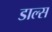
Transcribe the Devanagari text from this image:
डाल्स